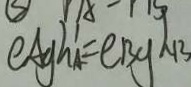
e A g h A = e B g B